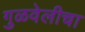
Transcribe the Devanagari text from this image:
गुळवेलीचा